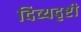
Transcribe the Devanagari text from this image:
दिव्यदृष्टी